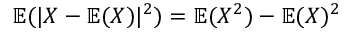
\mathbb { E } ( | X - \mathbb { E } ( X ) | ^ { 2 } ) = \mathbb { E } ( X ^ { 2 } ) - \mathbb { E } ( X ) ^ { 2 }